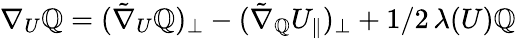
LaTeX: {\nabla_{U}}\mathbb{Q}=(\tilde{{\nabla}}_{U}\mathbb{Q})_{\perp}-(\tilde{{\nabla}}_{\mathbb{Q}}U_{\parallel})_{\perp}+1/2\, \lambda(U)\mathbb{Q}